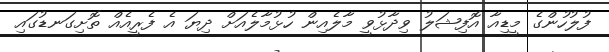
ފުލުހުންގެ މީޑިއާ އޮފިޝަލު ވިދާޅުވީ މާލެއިން ހުޅުމާލެއަށް ދިޔަ އެ ފެރީއެއް ތޮށިގަނޑުގައި